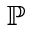
\mathbb { P }